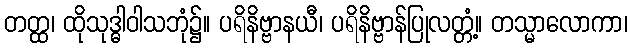
တတ္ထ၊ ထိုသုဒ္ဓါဝါသဘုံ၌။ ပရိနိဗ္ဗာနယီ၊ ပရိနိဗ္ဗာန်ပြုလတ္တံ့။ တသ္မာလောကာ၊